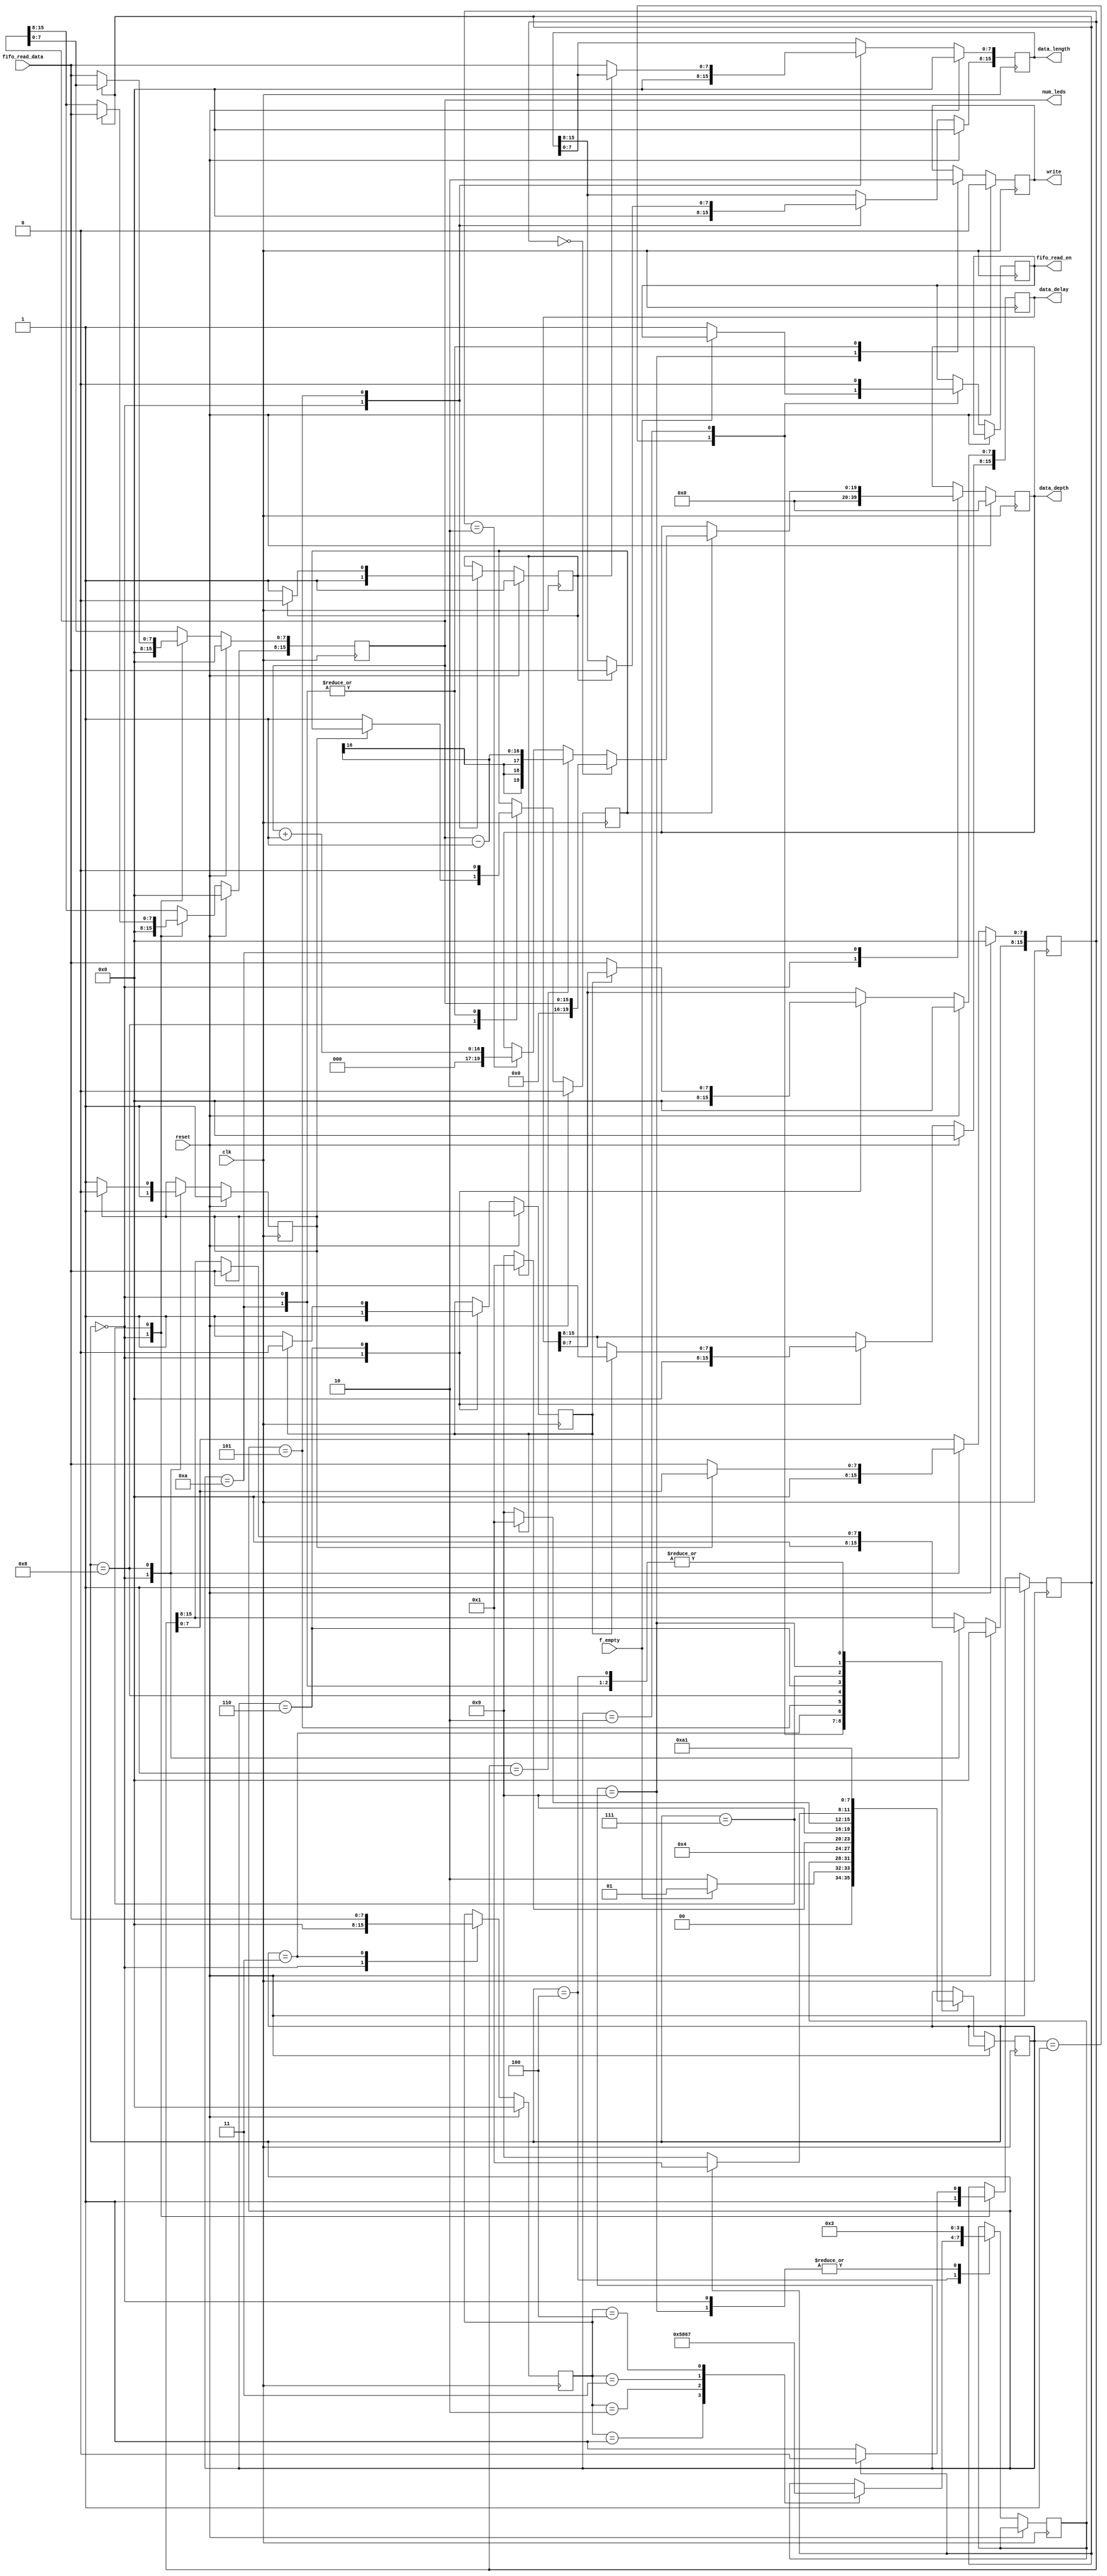
module WS2812_config_ctrl(
    /* Clock Signal */
    input                           clk,

    /* WR_FIFO Signals */
    input                           f_empty,
    input [PHY_FIFO_WIDTH-1:0]      fifo_read_data,
    output                          fifo_read_en,
    input                           reset,
  
    /* WS2812 Signals */
    output [19:0]                   data_depth,
    output                          write,
    output [15:0]                   data_delay,
    output [15:0]                   num_leds,
    output [15:0]                   data_length
);

/* Global Parameters */
parameter PHY_FIFO_WIDTH = 8;

/* Register declaration and instantiations */


/* FIFO Registers*/
reg         r_fifo_read_en = 0;


/* State flag*/
reg data_length_flag = 1;
reg data_shift_flag  = 1; 
reg data_delay_flag  = 1; 
reg num_leds_flag    = 1;   
reg data_shift_change_flag =0;


/* State Register*/
reg [7:0]   r_data_config= 0;

reg [15:0]  r_data_delay = 0;
reg [15:0]  r_num_leds = 0;
reg [15:0]  r_data_shift= 0;
reg [15:0]  r_data_length = 0;

reg [19:0]  r_data_depth = 0;
reg         r_write = 0;


/* State Machine Parameters */
reg [3:0]  state = 0;
reg [3:0]  post_wait_state = 0;
localparam IDLE                      = 4'h0;
localparam HOLD                      = 4'h1;
localparam FIFO_WAIT                 = 4'h2;
localparam FIFO_READ_CONFIG          = 4'h3;
localparam FIFO_READ_CONFIG_STATE    = 4'h4;
localparam FIFO_READ_LENGTH          = 4'h5;
localparam FIFO_READ_DELAY           = 4'h6;
localparam FIFO_READ_NUM_LEDS        = 4'h7;
localparam FIFO_READ_SHIFT           = 4'h8;
localparam WRITE                     = 4'h9;
localparam WR_CONDITION              = 4'hA;


always @(posedge clk) begin
    if (reset) begin
           r_data_delay   <= 0;
           r_num_leds     <= 0;
           r_data_depth   <= 0;
           r_data_config  <= 0;
           r_data_shift   <= 0;
           r_data_length  <= 0;
           r_write        <= 0;
           data_shift_change_flag <=0;
           data_length_flag <= 1;
           data_shift_flag  <= 1;  
           data_delay_flag  <= 1; 
           num_leds_flag    <= 1;   
    end
    
    else begin
    case (state)
        IDLE: begin // 0
           r_data_delay   <= 0;
           r_num_leds     <= 0;
           r_data_depth   <= 0;
           r_data_config  <= 0;
           r_data_shift   <= 0;
           r_data_length  <= 0;
           r_write        <= 0;
           data_length_flag <= 1;
           data_shift_flag  <= 1; 
           data_shift_change_flag <=0;
           data_delay_flag  <= 1; 
           num_leds_flag    <= 1;   
           post_wait_state <= FIFO_READ_CONFIG;
           state <= HOLD;
        end
        
        HOLD: begin // 1
            if(!f_empty) begin
                r_fifo_read_en <= 1;
                state <= FIFO_WAIT;
            end else begin
                state <= HOLD;
            end
        end
        
        FIFO_WAIT: begin // 2
            r_fifo_read_en <= 0;
            state <= post_wait_state;
        end        

        FIFO_READ_CONFIG: begin // 3
            r_data_config <= fifo_read_data;
            state <= FIFO_READ_CONFIG_STATE;
        end

        FIFO_READ_CONFIG_STATE: begin // 4
            case (r_data_config)
               8'h01 : begin
                 post_wait_state <= FIFO_READ_LENGTH;
               end
               8'h02 : begin
                 post_wait_state <= FIFO_READ_SHIFT;
               end
               8'h03 : begin
                 post_wait_state <= FIFO_READ_DELAY;
               end
               8'h04 :  begin
                 post_wait_state <= FIFO_READ_NUM_LEDS ;
               end
                default: begin
                 state <= IDLE;
               end
            endcase
            state <= HOLD;
        end
        FIFO_READ_LENGTH: begin // 5

            if (data_length_flag == 1) begin
                r_data_length[15:8] <= fifo_read_data;  
                data_length_flag <= 0;   
                state <= HOLD;  
            end else begin 
                r_data_length[7:0] <= fifo_read_data;  
                data_length_flag <= 1;   
                state <= WRITE;
            end

        end
        
        FIFO_READ_SHIFT: begin // 6

            if (data_shift_flag == 1) begin
                r_data_shift[15:8] <= fifo_read_data;  
                data_shift_flag <= 0;
                state <= HOLD;     
            end else begin 
                r_data_shift[7:0] <= fifo_read_data;  
                data_shift_flag <= 1;  
                data_shift_change_flag <= 1; 
            end
            state <= WRITE;
        end
        
        FIFO_READ_DELAY: begin // 7

            if (data_delay_flag == 1) begin
                r_data_delay[15:8] <= fifo_read_data;  
                data_delay_flag <= 0;   
                state <= HOLD;  
            end else begin 
                r_data_delay[7:0] <= fifo_read_data;  
                data_delay_flag <= 1; 
                state <=WRITE;  
            end

        end
        
        FIFO_READ_NUM_LEDS: begin // 8

            if (num_leds_flag == 1) begin
                r_num_leds[15:8] <= fifo_read_data;  
                num_leds_flag <= 0;
                state <= HOLD;     
            end else begin 
                r_num_leds[7:0] <= fifo_read_data;  
                num_leds_flag <= 1;
                state <=WRITE;
            end
        end
        
        WRITE: begin // 9
            r_write <= 1;
            post_wait_state <= FIFO_READ_CONFIG;
            state <= WR_CONDITION;
        end
        
        WR_CONDITION: begin // 10
            r_write <= 0;
            if (data_shift_change_flag) begin
                if(r_data_shift == 16'h0000) begin
                    r_data_depth <= num_leds;
                end else if (r_data_shift == 16'h0001) begin
                    r_data_depth <= num_leds - 1;
                end else if (r_data_shift == 16'h0002) begin
                    r_data_depth <= num_leds + 1;
                end
                
                data_shift_change_flag <=0;
            end else begin
                r_data_depth <= r_data_depth;
            end
            state <= HOLD;
        end
    endcase
    end
end

assign data_depth = r_data_depth;
assign data_delay = r_data_delay;
assign data_length = r_data_length;
assign num_leds = r_num_leds;
assign write = r_write;
assign fifo_read_en = r_fifo_read_en;

endmodule